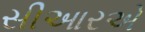
સીઆરએ